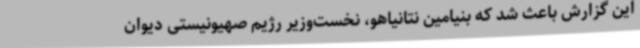
این گزارش باعث شد که بنیامین نتانیاهو، نخست‌وزیر رژیم صهیونیستی دیوان